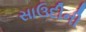
સાઉદીની